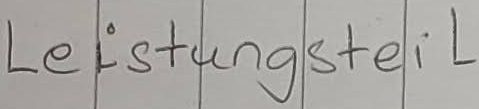
Text: Leistungsteil